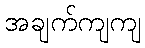
အချက်ကျကျ